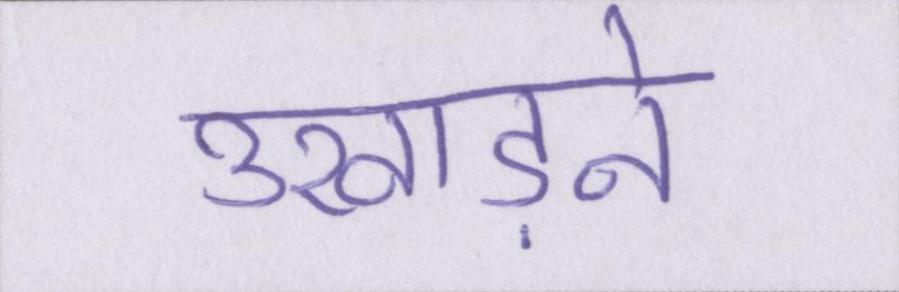
उखाड़ने